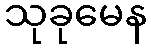
သုခုမေန